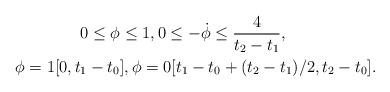
LaTeX: \begin{align*}& \quad\quad\quad\quad0 \leq \phi \leq 1, 0 \leq -\dot{\phi} \leq \frac{4}{t_{2}-t_{1}}, \\& \phi = 1 [0,t_{1}-t_{0}], \phi = 0 [t_{1}-t_{0}+(t_{2}-t_{1})/2,t_{2}-t_{0}].\end{align*}